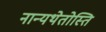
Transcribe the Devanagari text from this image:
नान्यथेतोस्ति